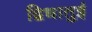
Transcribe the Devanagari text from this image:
द्विधातुई